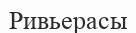
Ривьерасы